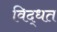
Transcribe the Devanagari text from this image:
विद्धत